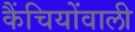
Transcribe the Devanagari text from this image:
कैंचियोंवाली